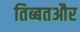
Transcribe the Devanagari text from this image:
तिब्बतऔर